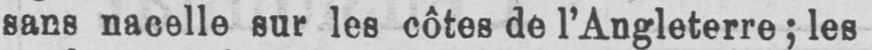
sans nacelle sur les côtes de l’Angleterre; les